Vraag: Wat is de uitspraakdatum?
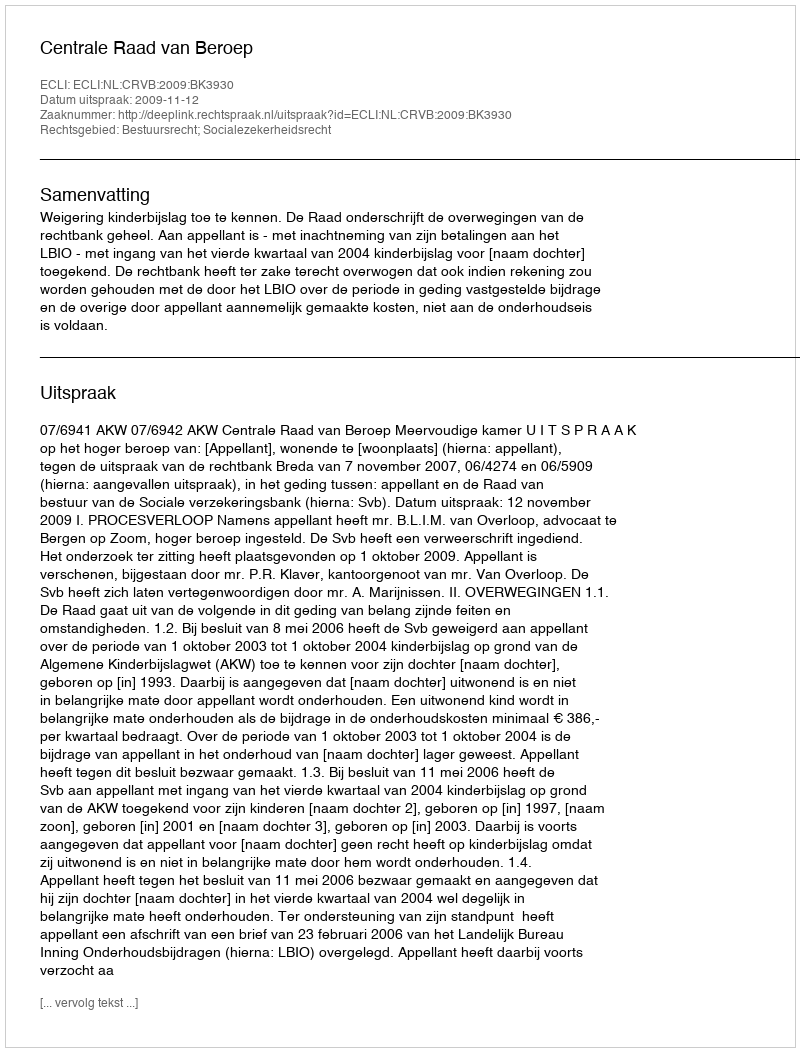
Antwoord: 2009-11-12